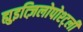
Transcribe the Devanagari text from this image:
ह्युइत्ज़िलोपोश्ट्ली